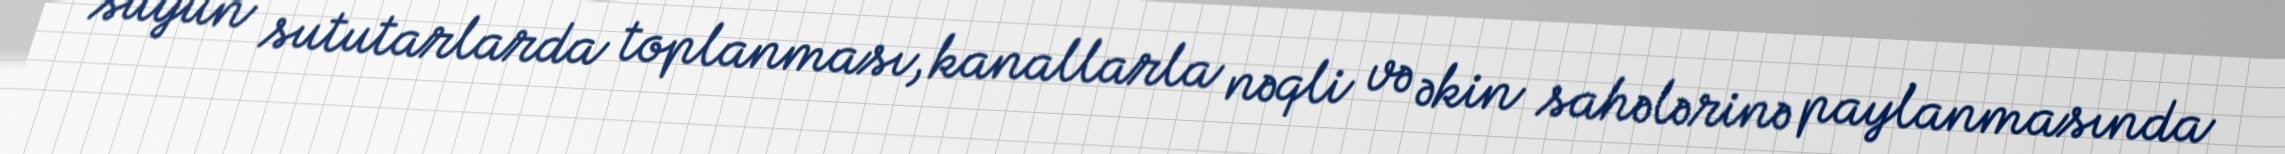
suyun sututarlarda toplanması, kanallarla nəqli və əkin sahələrinə paylanmasında